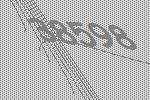
38598